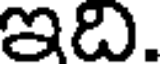
ఇది.